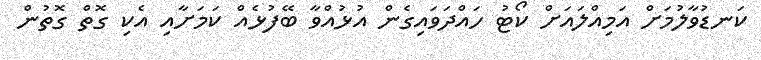
ކަނޑުވާލުމަށް އަމިއްލައަށް ކޯޓު ހައްދަވައިގެން އުޅުއްވާ ބޭފުޅެއް ކަމަށާއި އެކި ގޮތް ގޮތުން